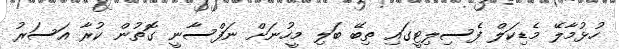
ހުޅުމާލޭ މެޑިކަލް ފެސިލިޓީގައި ތިބޭ ބަލި މީހުނަށް ނަފްސާނީ ގޮތުން ކުރާ އަސަރު